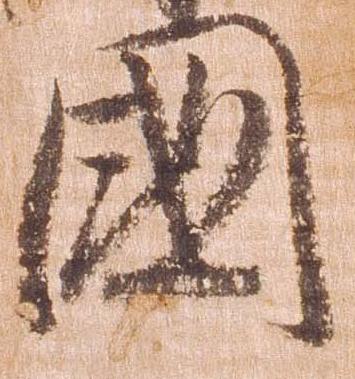
国